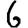
Digit: 6